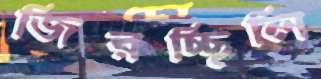
জিরচ্ছিলি